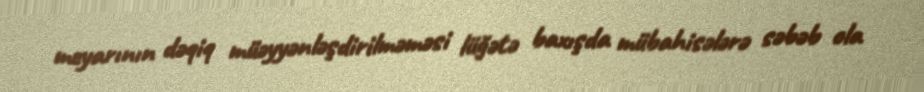
meyarının dəqiq müəyyənləşdirilməməsi lüğətə baxışda mübahisələrə səbəb ola